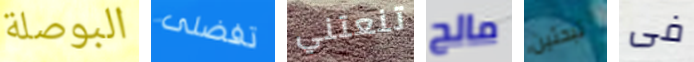
البوصلة تفضلى تنعتني مالح تبحثين فى